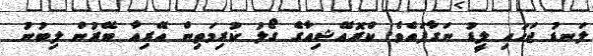
ލަނޑު ޖަހައި ލީޑު ނަގާފައެވެ. ކްރޮއޭޝިއާގެ ގޯލު ކުރިމަތިން އޭރިއާ ބޭރުން ލިބުނު